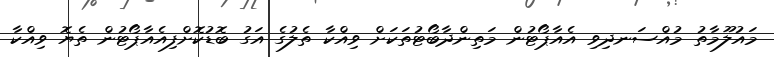
މައުލޫމާތު މުއްސަނދިވި އެއާޕޯޓުން މަތިންދާބޯޓުތަކަށް ވިއްކާ ތެލުގެ އަގު ބޮޑުކޮށްފިއެއާޕޯޓުން ތެޔޮ ވިއްކާ